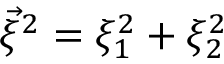
{ \vec { \xi } } ^ { 2 } = \xi _ { 1 } ^ { 2 } + \xi _ { 2 } ^ { 2 }